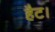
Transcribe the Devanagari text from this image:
हैट।